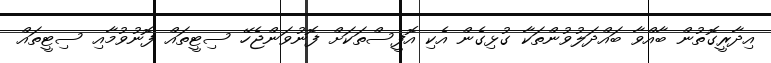
އިދާރީގޮތުން ބާއްވާ ބައްދަލުވުންތަކާ ގުޅިގެން އެކި އޮފީސްތަކަށް ފޮނުވަންޖެހޭ ސިޓީތައް ފޮނުވުމާއި ސިޓީތައް